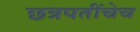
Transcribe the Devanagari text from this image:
छत्रपतींचेच